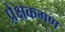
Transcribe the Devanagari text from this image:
प्रेक्षकगण